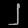
Digit: ၂